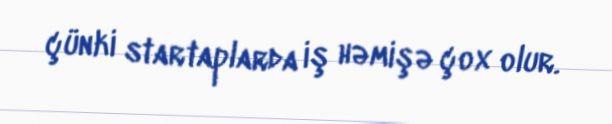
çünki startaplarda iş həmişə çox olur.